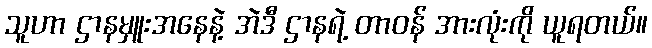
သူဟာ ဌာနမှူးအနေနဲ့ အဲဒီ ဌာနရဲ့ တာဝန် အားလုံးကို ယူရတယ်။